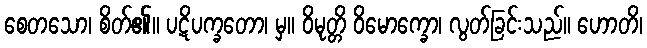
စေတသော၊ စိတ်၏။ ပဋိပက္ခတော၊ မှ။ ဝိမုတ္တိ ဝိမောက္ခော၊ လွတ်ခြင်းသည်။ ဟောတိ၊